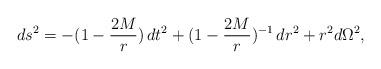
LaTeX: \begin{align*}ds^2 =- (1-{2M\over r} )\,dt^2+ (1- {2M\over r} )^{-1}\,dr^2 + r^2 d\Omega^2 ,\end{align*}